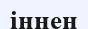
іңнен